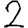
Digit: 2